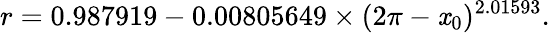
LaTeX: r=0.987919-0.00805649\times(2\pi-\mathit{x}_{0})^{2.01593}.